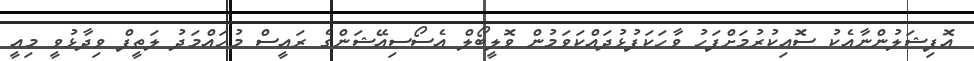
އޮފިޝަލުންނާއެކު ސޮއިކުރުމަށްފަހު ވާހަކަފުޅުދައްކަވަމުން ވޮލީބޯލް އެސޯސިއޭޝަންގެ ރައީސް މުހައްމަދު ލަތީފް ވިދާޅުވީ މިއީ